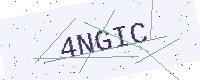
Text: 4NGIC